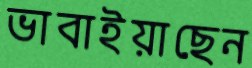
ভাবাইয়াছেন